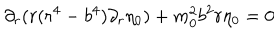
\partial _ { r } ( r ( r ^ { 4 } - b ^ { 4 } ) \partial _ { r } \eta _ { 0 } ) + m _ { 0 } ^ { 2 } b ^ { 2 } r \eta _ { 0 } = 0